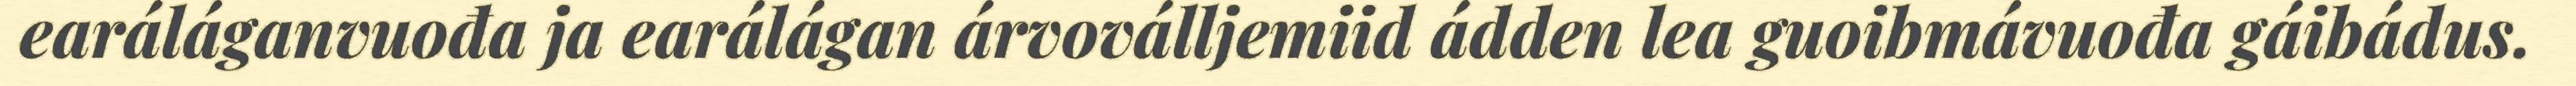
earáláganvuođa ja earálágan árvoválljemiid ádden lea guoibmávuođa gáibádus.